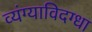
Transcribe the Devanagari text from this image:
व्यंग्याविदग्धा